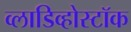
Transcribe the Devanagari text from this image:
व्लाडिव्होस्टॉक